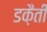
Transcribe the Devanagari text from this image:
डक़ैती